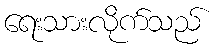
ရေးသားလိုက်သည်